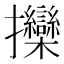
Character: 𱡖